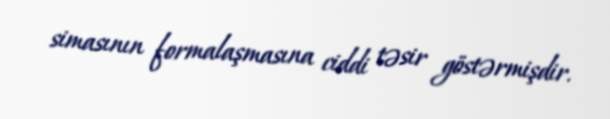
simasının formalaşmasına ciddi təsir göstərmişdir.